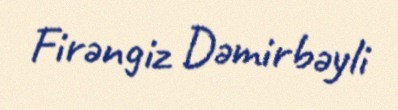
Firəngiz Dəmirbəyli